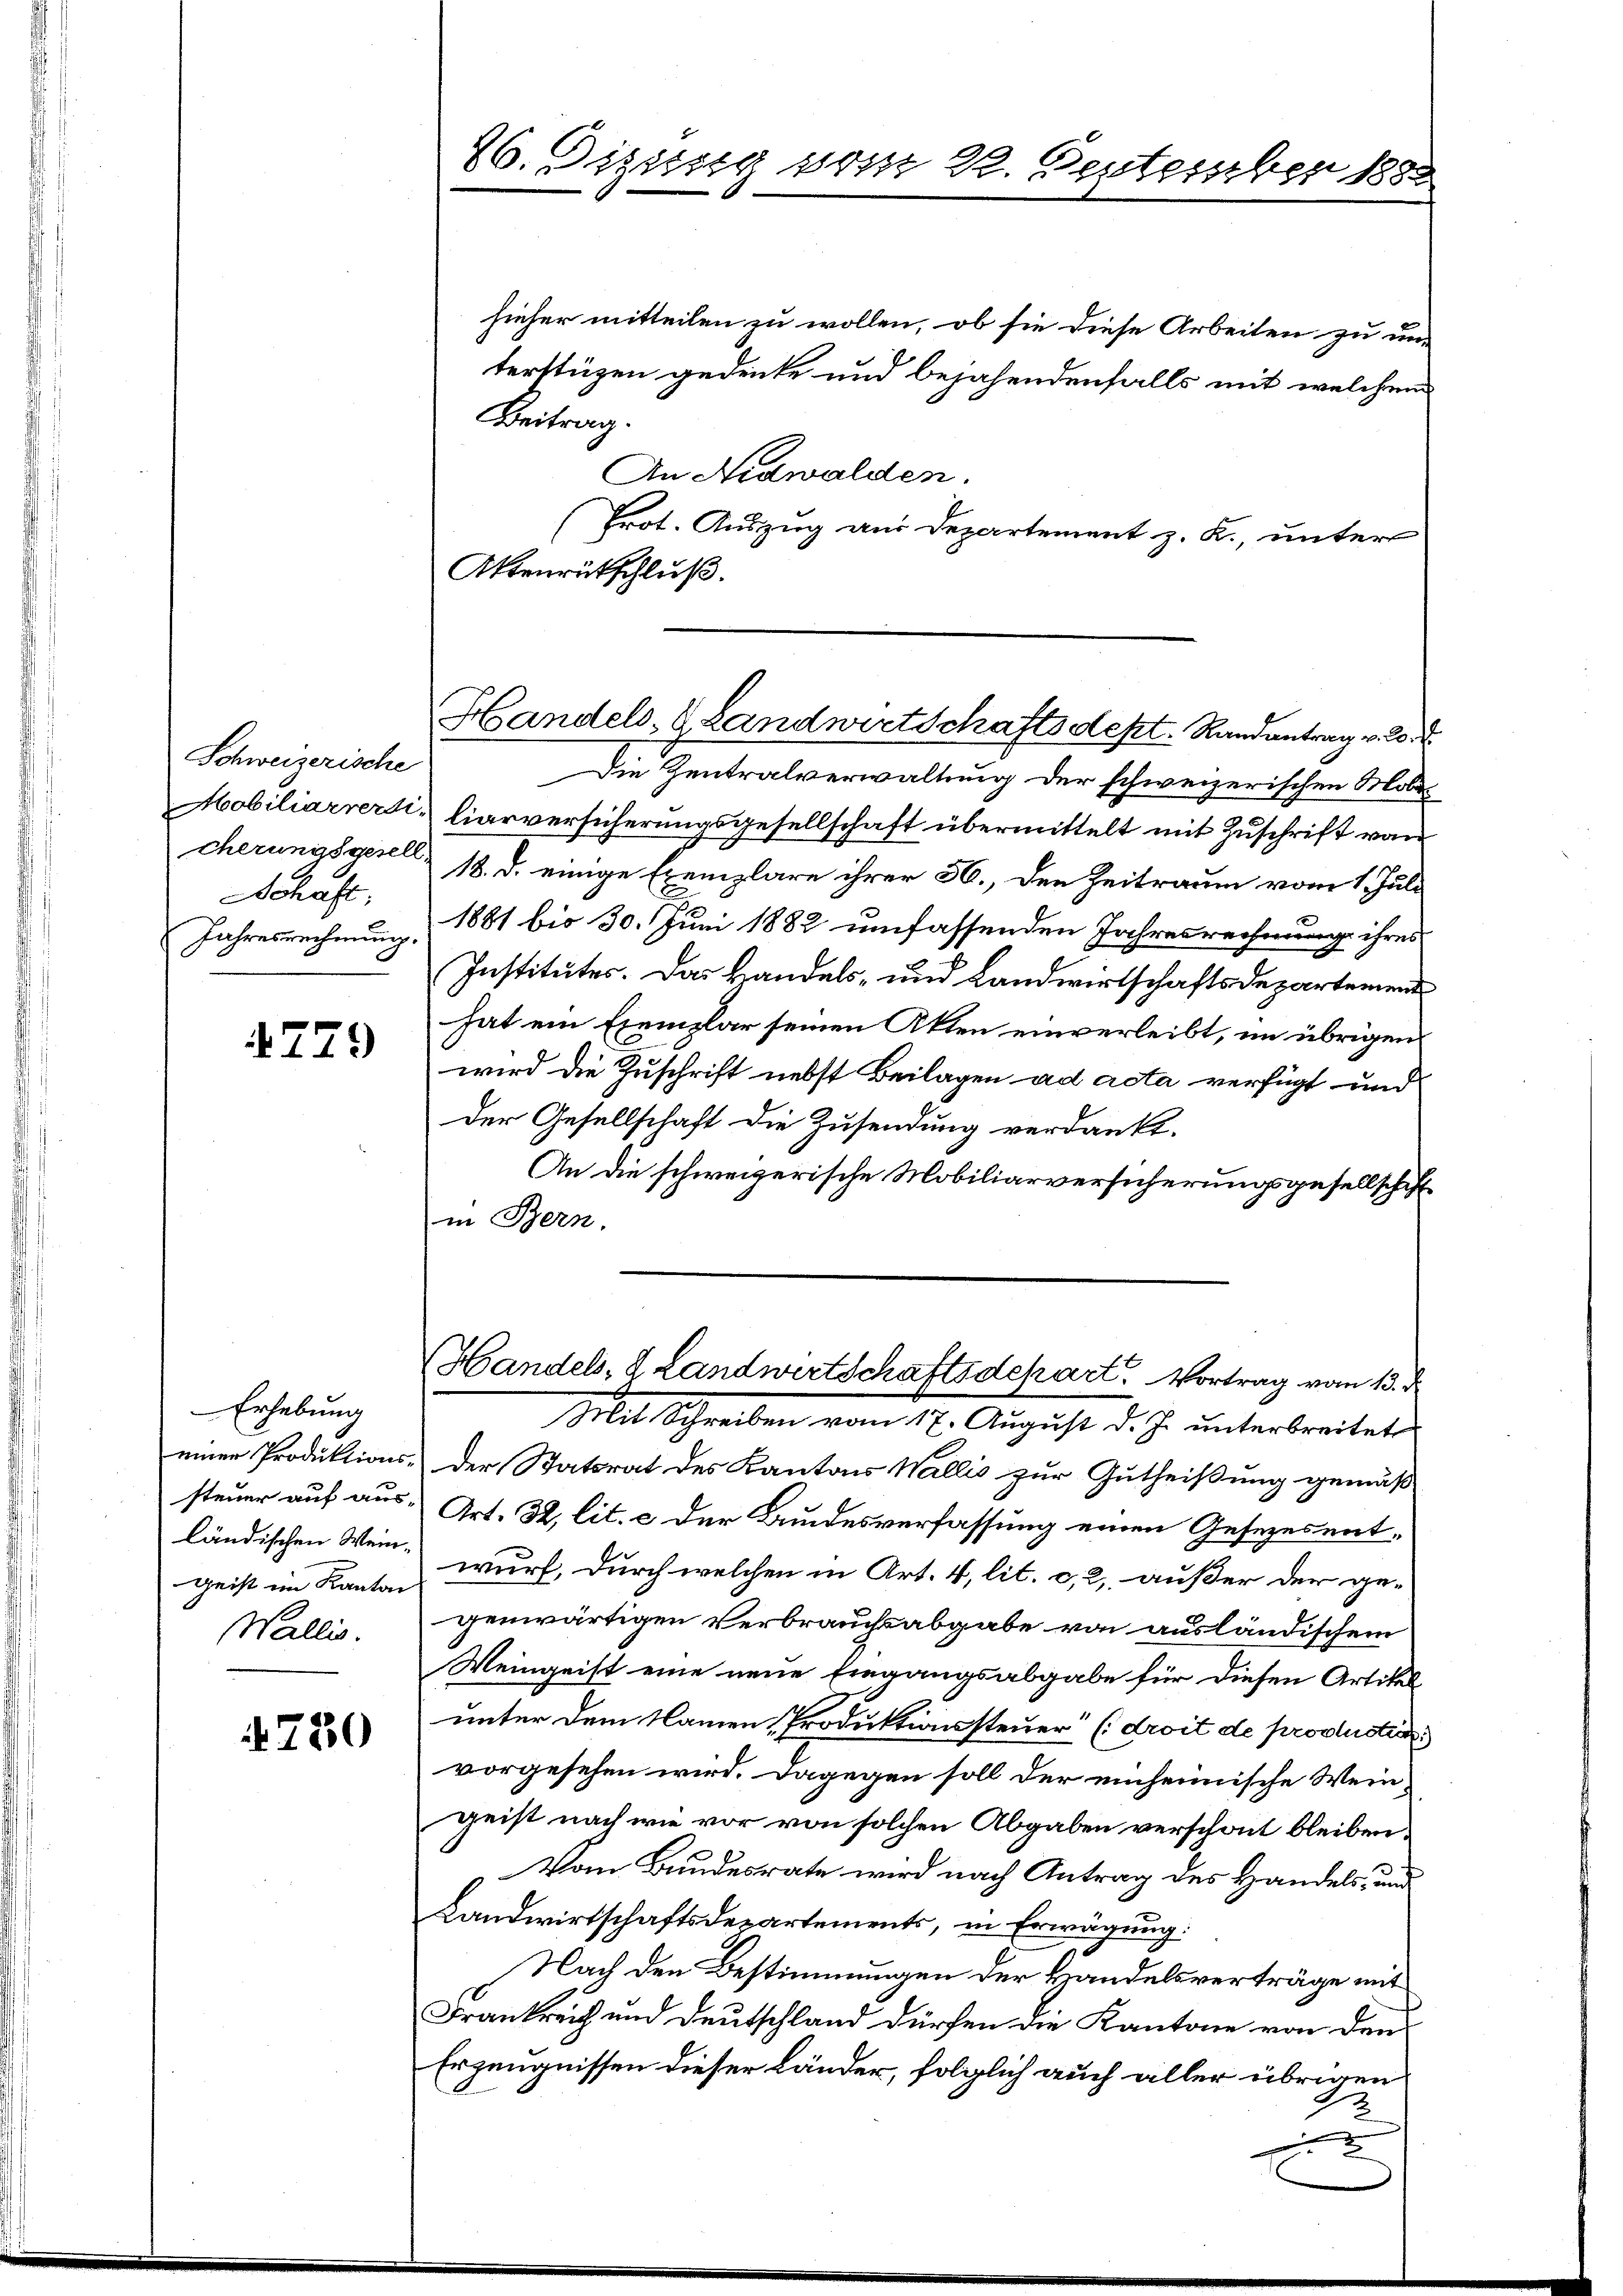
Schweizerische
Schaft;
Jahresrechnung.

4279

Erhebung
ländischen Wein¬
Wallis.

780

26. Diesig vom 22. September 1888

hieher mitteilen zu wollen, ob sie diese Arbeiten zu un-
terstüzen gedenke und bejahendenfalls mit welchem
Beitrag.
An Nidwalden.
(Erot. Auszug aus Departement z. R., unter
Akenrütschluß.
Die Zentralverwaltung der schweizerischen Mobe
Mobiliarrersiliarversicherungsgesellschaft übermittelt mit Zuschrift vom
cherungsgesell 18. d. einige Exemplare ihrer 56., den Zeitraum vom 1. Juli
1881 bis 30. Juni 1882 umfassenden Jahresrechnung ihres
Institutes. Das Handels- und Landwirtschaftsdepartemend
hat ein Exemplar seinen Akten einverleibt, im übrigen
wird die Zuschrift nebst Beilagen ad acta verfügt und
der Gesellschaft die Zusendung verdankt.
An die schweizerische Mobiliarversicherungsgesellschaff
in Bern.
Handels, 2 Landwirtschaftsdchart. Vortrag vom 13. d
Mit Schreiben vom 17. August d. J. unterbreitet
einer Produktions- der Statsrat des Kantons Wallis zur Gutheißung gemäß
steuer auf aus Art. 32. lit. c der Bundesverfassung einen Gesezesent-
Geist im Kanton wurf, durch welchen in Art. 4, lit. c, 2, außer der ge-
genwärtigen Verbrauchsabgabe von ausländischem
Weingeist eine neue Eingangsabgabe für diesen Artikel
unter dem Namen Produktionssteuer (droit de prodlusti
vorgesehen wird. Dagegen soll der einheimische Weingeist nach wie vor von solchen Abgaben verschont bleiben:
Vom Bundesrate wird nach Antrag des Handels- und
Landwirtschaftsdepartements, in Erwägung:
Nach den Bestimmungen der Handelsverträge mit
Frankreich und Deutschland dürfen die Kantone von den
Erzeugnissen dieser Länder, folglich auch aller übrigen

Handels- & Landwirtschaftsdept. Randantrag v. 20.